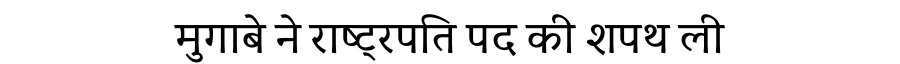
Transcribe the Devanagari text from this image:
मुगाबे ने राष्ट्रपति पद की शपथ ली